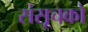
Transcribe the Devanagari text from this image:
संसूचको